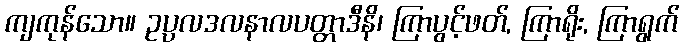
ကျကုန်သော။ ဥပ္ပလဒလနာလပတ္တာဒီနိ၊ ကြာပွင့်ဖတ်, ကြာရိုး, ကြာရွက်